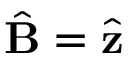
\hat { \mathbf { B } } = \hat { \mathbf { z } }